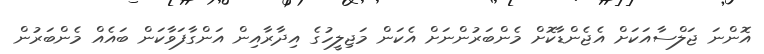
އޮންނަ ޖަލްސާއަކަށް އެޖެންޑާކޮށް މެންބަރުންނަށް އެކަން މަޖިލީހުގެ އިދާރާއިން އަންގާފަވާކަން ބައެއް މެންބަރުން